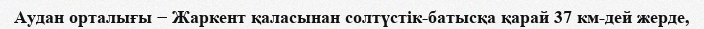
Аудан орталығы − Жаркент қаласынан солтүстік-батысқа қарай 37 км-дей жерде,